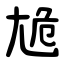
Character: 尯